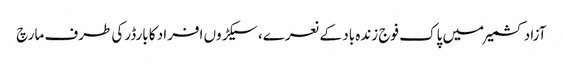
آزاد کشمیرمیں پاک فوج زندہ باد کے نعرے، سیکڑوں افراد کا بارڈرکی طرف مارچ